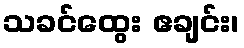
သခင်ထွေး ဧချင်း၊